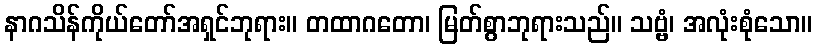
နာဂသိန်ကိုယ်တော်အရှင်ဘုရား။ တထာဂတော၊ မြတ်စွာဘုရားသည်။ သဗ္ဗံ၊ အလုံးစုံသော။